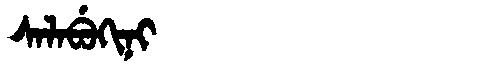
Manchu: ᠰᠠᠯᠠᠪᡠᡴᡳᠨᡳ
Romanization: SALABUKINI